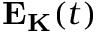
\mathbf { E } _ { \mathbf { K } } ( t )